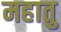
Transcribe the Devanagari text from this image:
महातु